65_HS1-834228961_62-HQ-83894_Section_6
Agency: FBI
Page 166
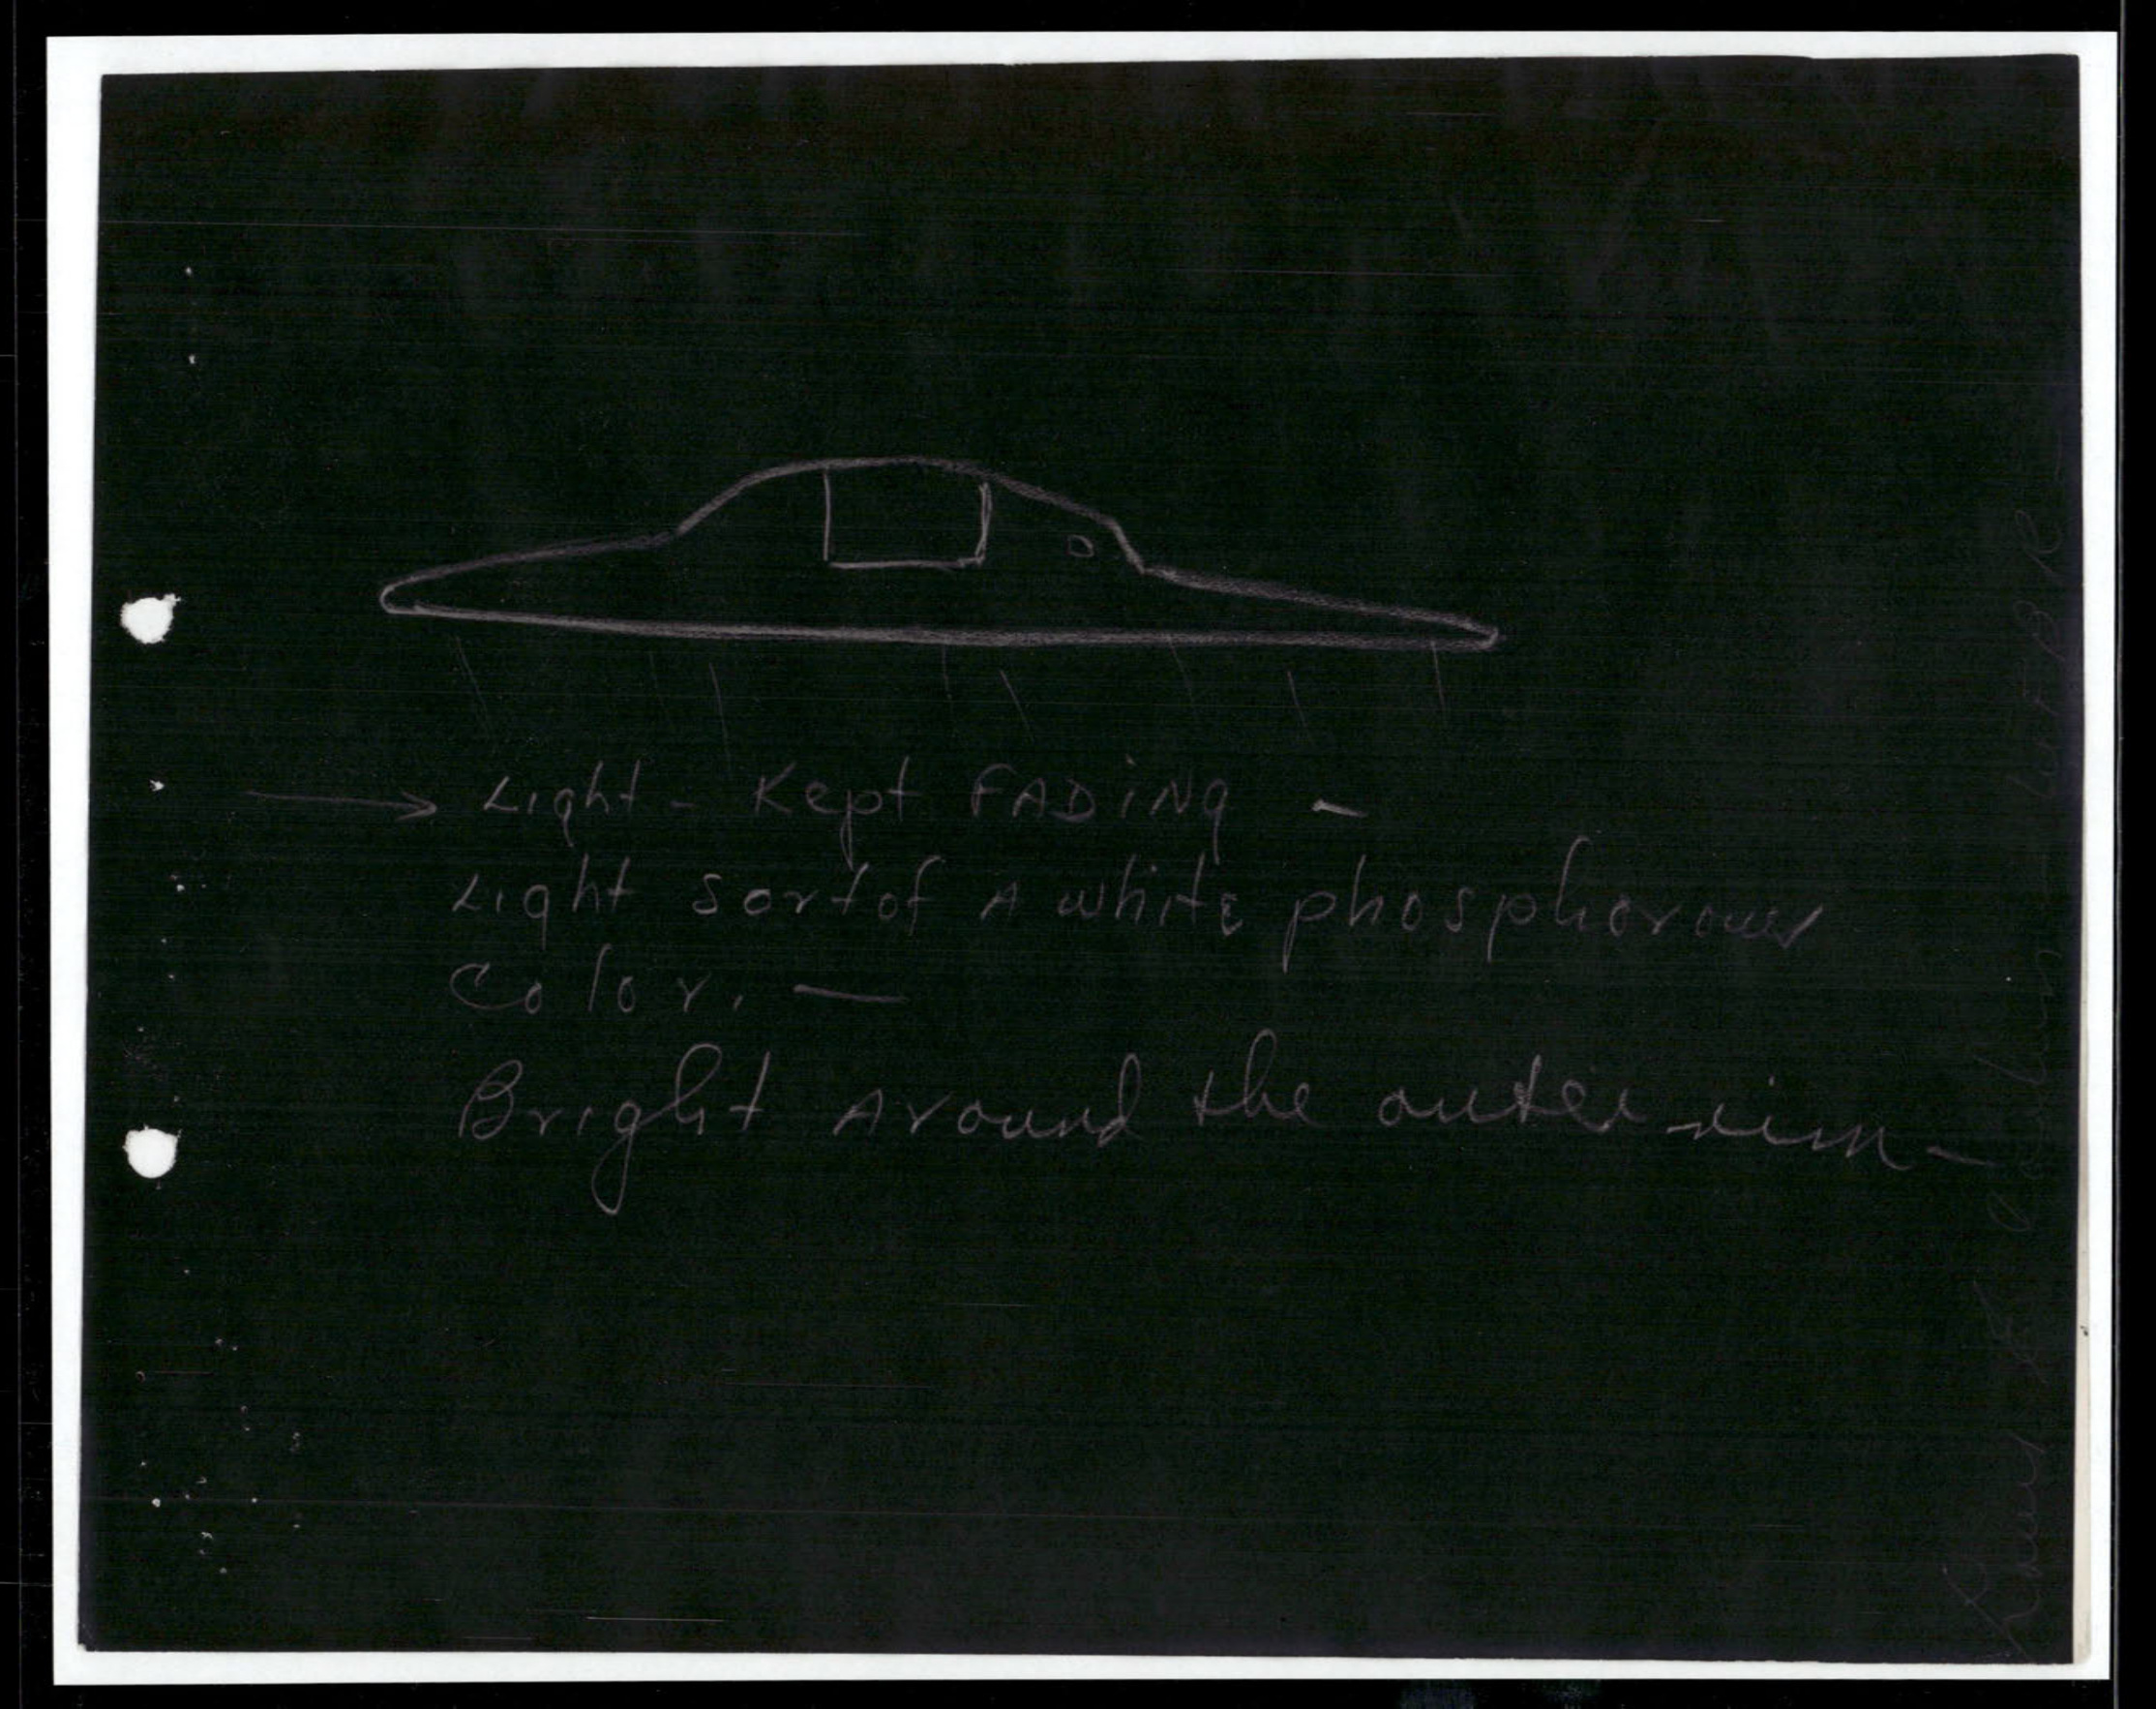